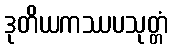
ဒုတိယကဿပသုတ္တံ